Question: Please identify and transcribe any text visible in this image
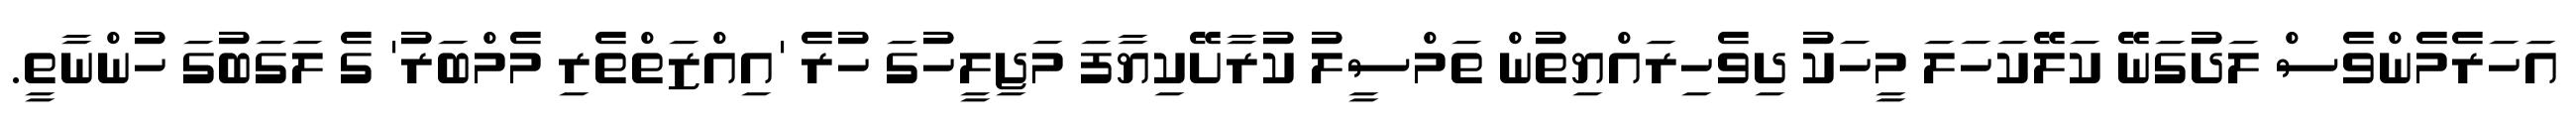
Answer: އަހަރެމެންވެސް ލަދުގަނޭ ކަލޭކަހަލަ މީހަކު ދިވެހިރައްޔިތުން ތަމްސީލު ކުރާށޭކިޔާފަ މަޖިލީހުގަ ހުރެ 'އިއްޒަތްތެރި މެމްބަރު' ގެ ލަގަބުގަ ހުންނާތީ.